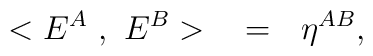
< E^A~, ~ E^B > ~~=~~ \eta^{AB},